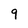
Character: 9